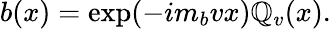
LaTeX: b(x)=\exp(-im_{b}vx)\mathbb{Q}_{v}(x).